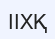
ІІХҚ